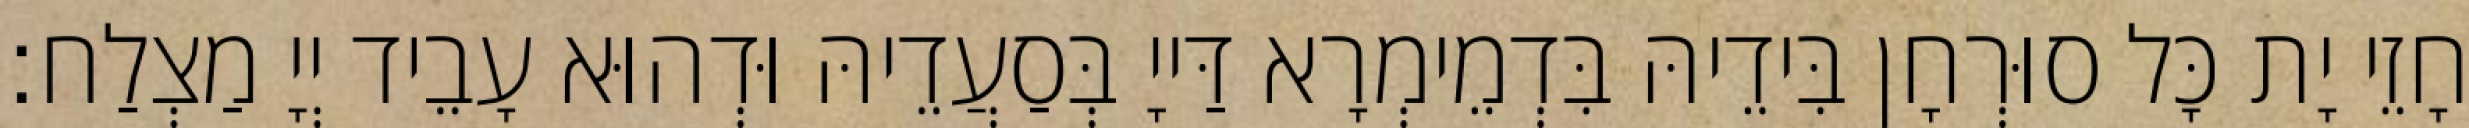
חָזֵי יָת כָּל סוּרְחָן בִּידֵיהּ בִּדְמֵימְרָא דַּייָ בְּסַעֲדֵיהּ וּדְהוּא עָבֵיד יְיָ מַצְלַח׃